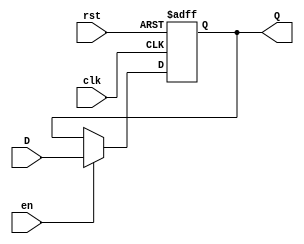
module InputRegister #(
    parameter WIDTH = 8  // Parameter for bit width of the register
)(
    input wire clk,      // Clock signal
    input wire rst,      // Reset signal (active high)
    input wire en,       // Enable signal (active high)
    input wire [WIDTH-1:0] D, // Input data lines
    output reg [WIDTH-1:0] Q   // Output data lines
);

// Synchronous reset and data capture
always @(posedge clk or posedge rst) begin
    if (rst) begin
        Q <= {WIDTH{1'b0}}; // Set output to 0 on reset
    end else if (en) begin
        Q <= D; // Capture input data on enable
    end
end

endmodule